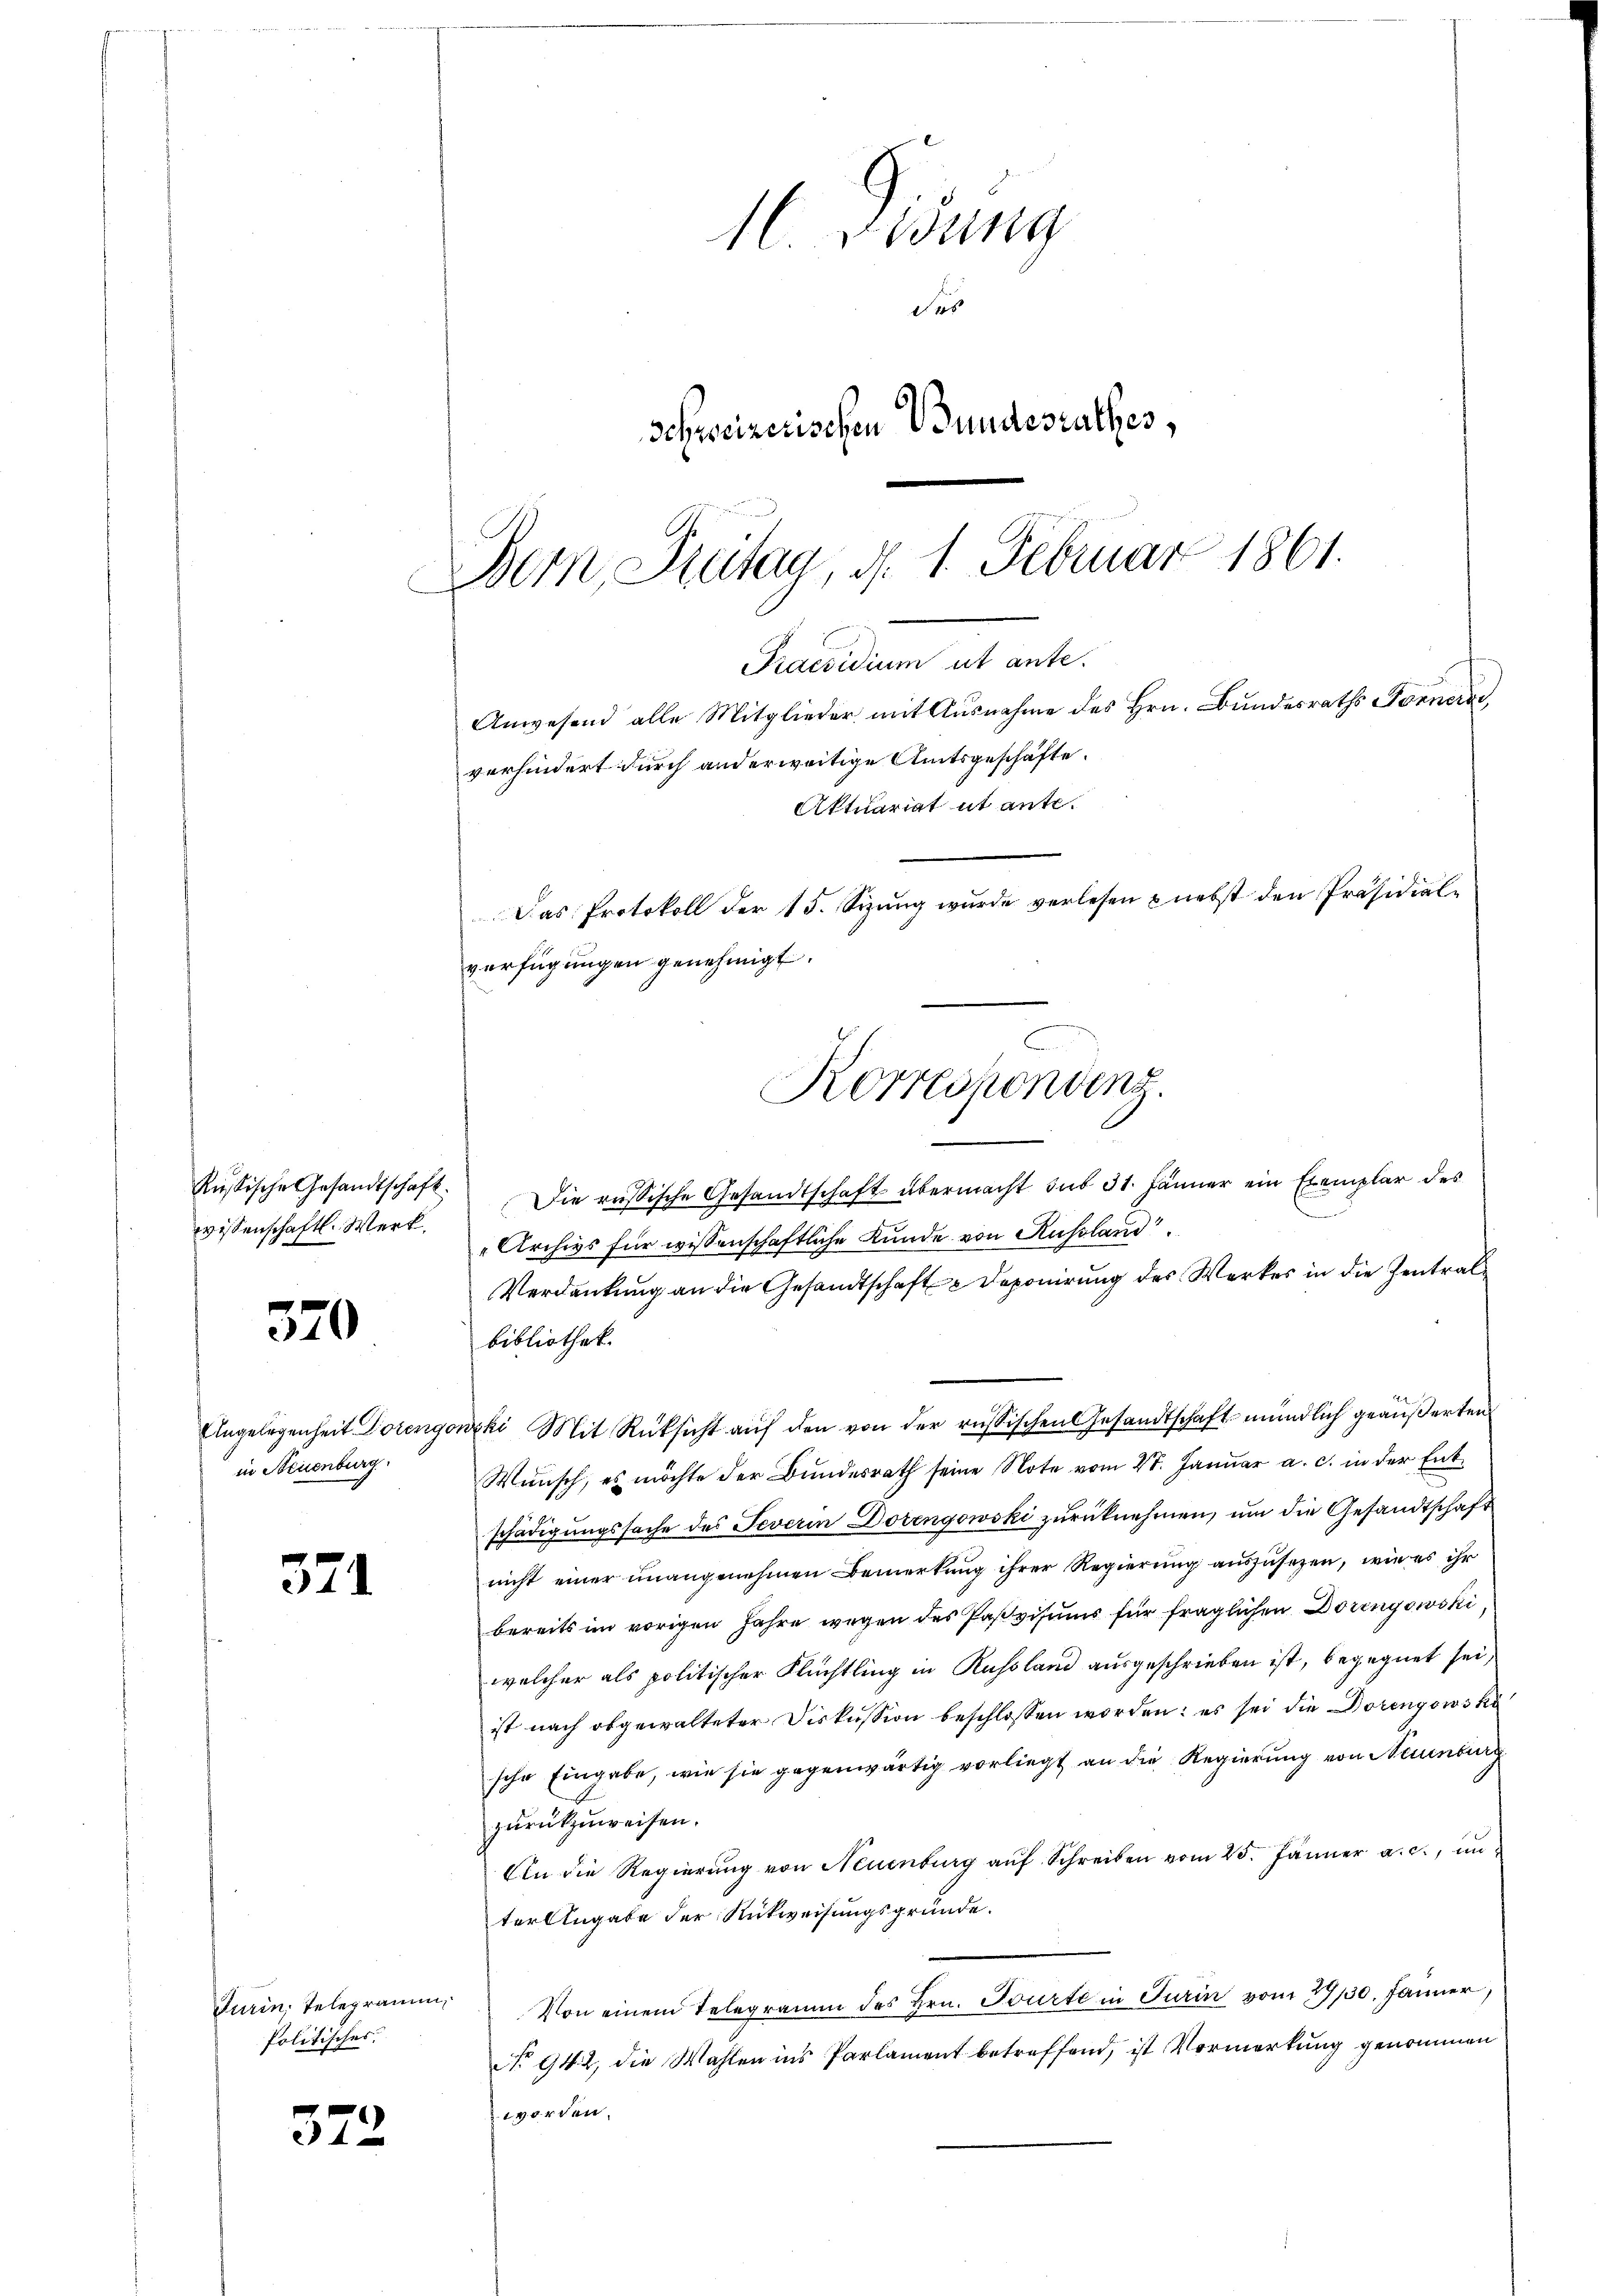
Russische Gesandtschaft.
wissenschaftl. Werk.

520

Angelegenheit Doreng.
in Steuenburg

371

Turin, Telegramm,
Politisches.

372

1 Didung
es |
schreizerischen Bundesrathes,
Dem Zutag, d. 1. Februar 1861.
Praesidium ut ante.

Anwesend alle Mitglieder mit Ausnahme des Hrn. Bundesraths Forner
verhindert durch anderweitige Amtsgeschäfte.
Aktuariat it ante.
Das Protokoll der 15. Sizung wurde verlesen & nebst den Präsidial-
verfügungen genehmigt.

Korrespondens
2

Die russische Gesandtschaft übermacht sub 31. Jänner ein Exemplar des
Archivs für wissenschaftliche Kunde von Russland.
Verdankung an die Gesandtschaft Deponirung des Werkes in die Zentral
bibliothek.
mihi Mit Rücksicht auf den von der russischen Gesandtschaft mündlich geäußerten
Wunsch, es möchte der Bundesrath seine Note vom 27. Januar a. c. in der Entschädigungssache des Severin Dorengowski zurücknehmen, um die Gesandtschäft
nicht einer unangenehmen Bemerkung ihrer Regierung auszusetzen, wie es ihr
bereits im vorigen Jahre wegen des Pasvisums für fraglichen Dorengowski
welcher als politischer Flüchtling in Russland ausgeschrieben ist, begegnet sei,
ist nach obgewalteter Diskussion beschlossen worden: es sei die Dorenzowski
sche Eingabe, wie sie gegenwärtig vorliegt an die Regierung von Neuenburg
zurückzuweisen.
An die Regierung von Neuenburg aŭf Schreiben vom 25. Jänner a. c., in
ter Angabe der Rückweisungsgründe.
Von einem Telegramm des Hrn. Tourti in Turin vom 29/30. Jänner,
No 942, die Wahlen ins Parlament betreffend, ist Vormerkung genommen
worden.